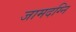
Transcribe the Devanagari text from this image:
जामदग्नि